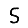
Digit: 5